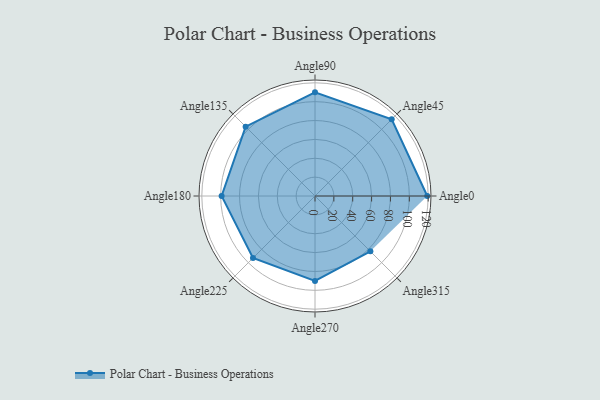
{"axis": {"x": "Angle", "y": "Radius"}, "legend": [""], "data": [{"x": "Angle0", "y": 119.0, "type": ""}, {"x": "Angle45", "y": 115.0, "type": ""}, {"x": "Angle90", "y": 110.0, "type": ""}, {"x": "Angle135", "y": 104.0, "type": ""}, {"x": "Angle180", "y": 99.0, "type": ""}, {"x": "Angle225", "y": 93.0, "type": ""}, {"x": "Angle270", "y": 90.0, "type": ""}, {"x": "Angle315", "y": 83.0, "type": ""}]}